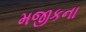
મજીકના